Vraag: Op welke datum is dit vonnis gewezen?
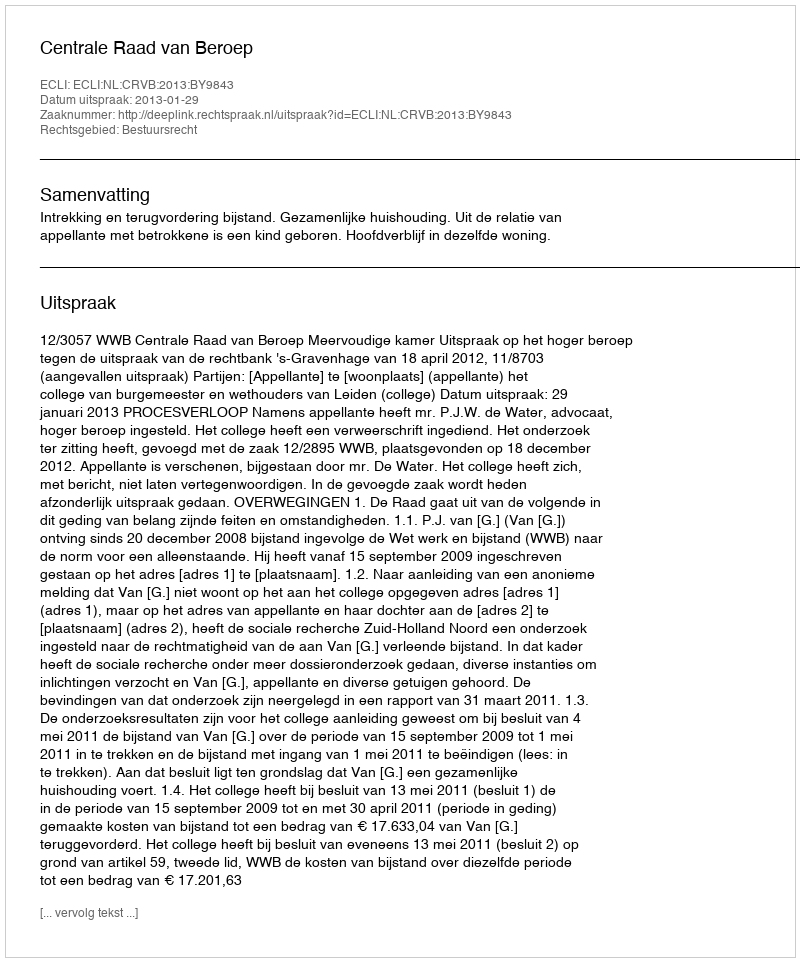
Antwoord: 2013-01-29